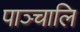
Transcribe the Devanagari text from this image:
पाञ्चालि